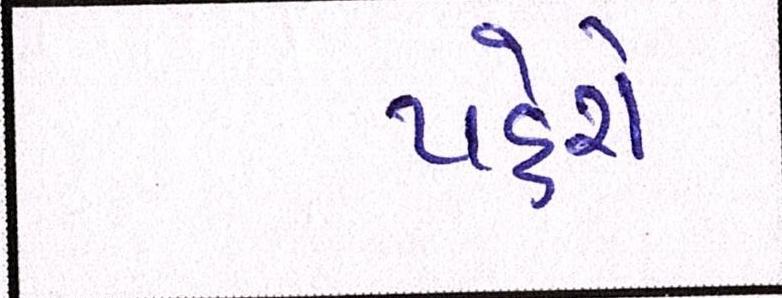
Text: પહેરો